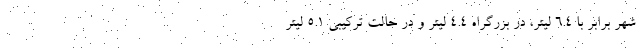
شهر برابر با 6.4 لیتر، در بزرگراه 4.4 لیتر و در حالت ترکیبی 5.1 لیتر